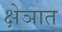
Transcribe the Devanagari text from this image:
क्षेञात